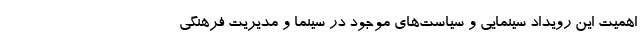
اهمیت این رویداد سینمایی و سیاست‌های موجود در سینما و مدیریت فرهنگی